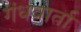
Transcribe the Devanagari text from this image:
गंधवार्ता